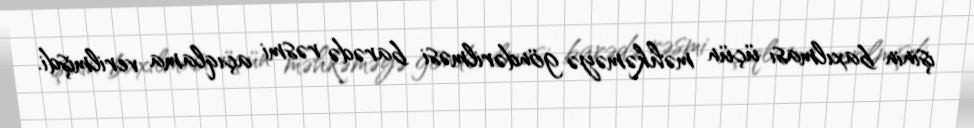
işinin baxılması üçün məhkəməyə göndərilməsi barədə rəsmi açıqlama verilmişdi.